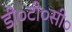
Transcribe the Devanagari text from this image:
डी०टी०सी०